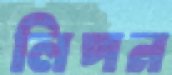
লিপন